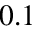
0 . 1